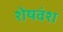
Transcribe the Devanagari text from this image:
शेषवंश